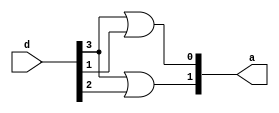
`timescale 1ns / 1ps
//////////////////////////////////////////////////////////////////////////////////
// Company: 
// Engineer: 
// 
// Design Name: 
// Module Name:    encode42 
// Project Name: 
// Target Devices: 
// Tool versions: 
// Description: 
//
// Dependencies: 
//
// Revision: 
// Revision 0.01 - File Created
// Additional Comments: 
//
//////////////////////////////////////////////////////////////////////////////////
module encode42(a,d
    );
input [3:0]d;
output [1:0]a;
//assign a[0] = ((d[3])|(d[1])),
	//	 a[1] = ((d[3])|(d[2]));
or(a[0],d[3],d[1]);
or(a[1],d[3],d[2]);
endmodule